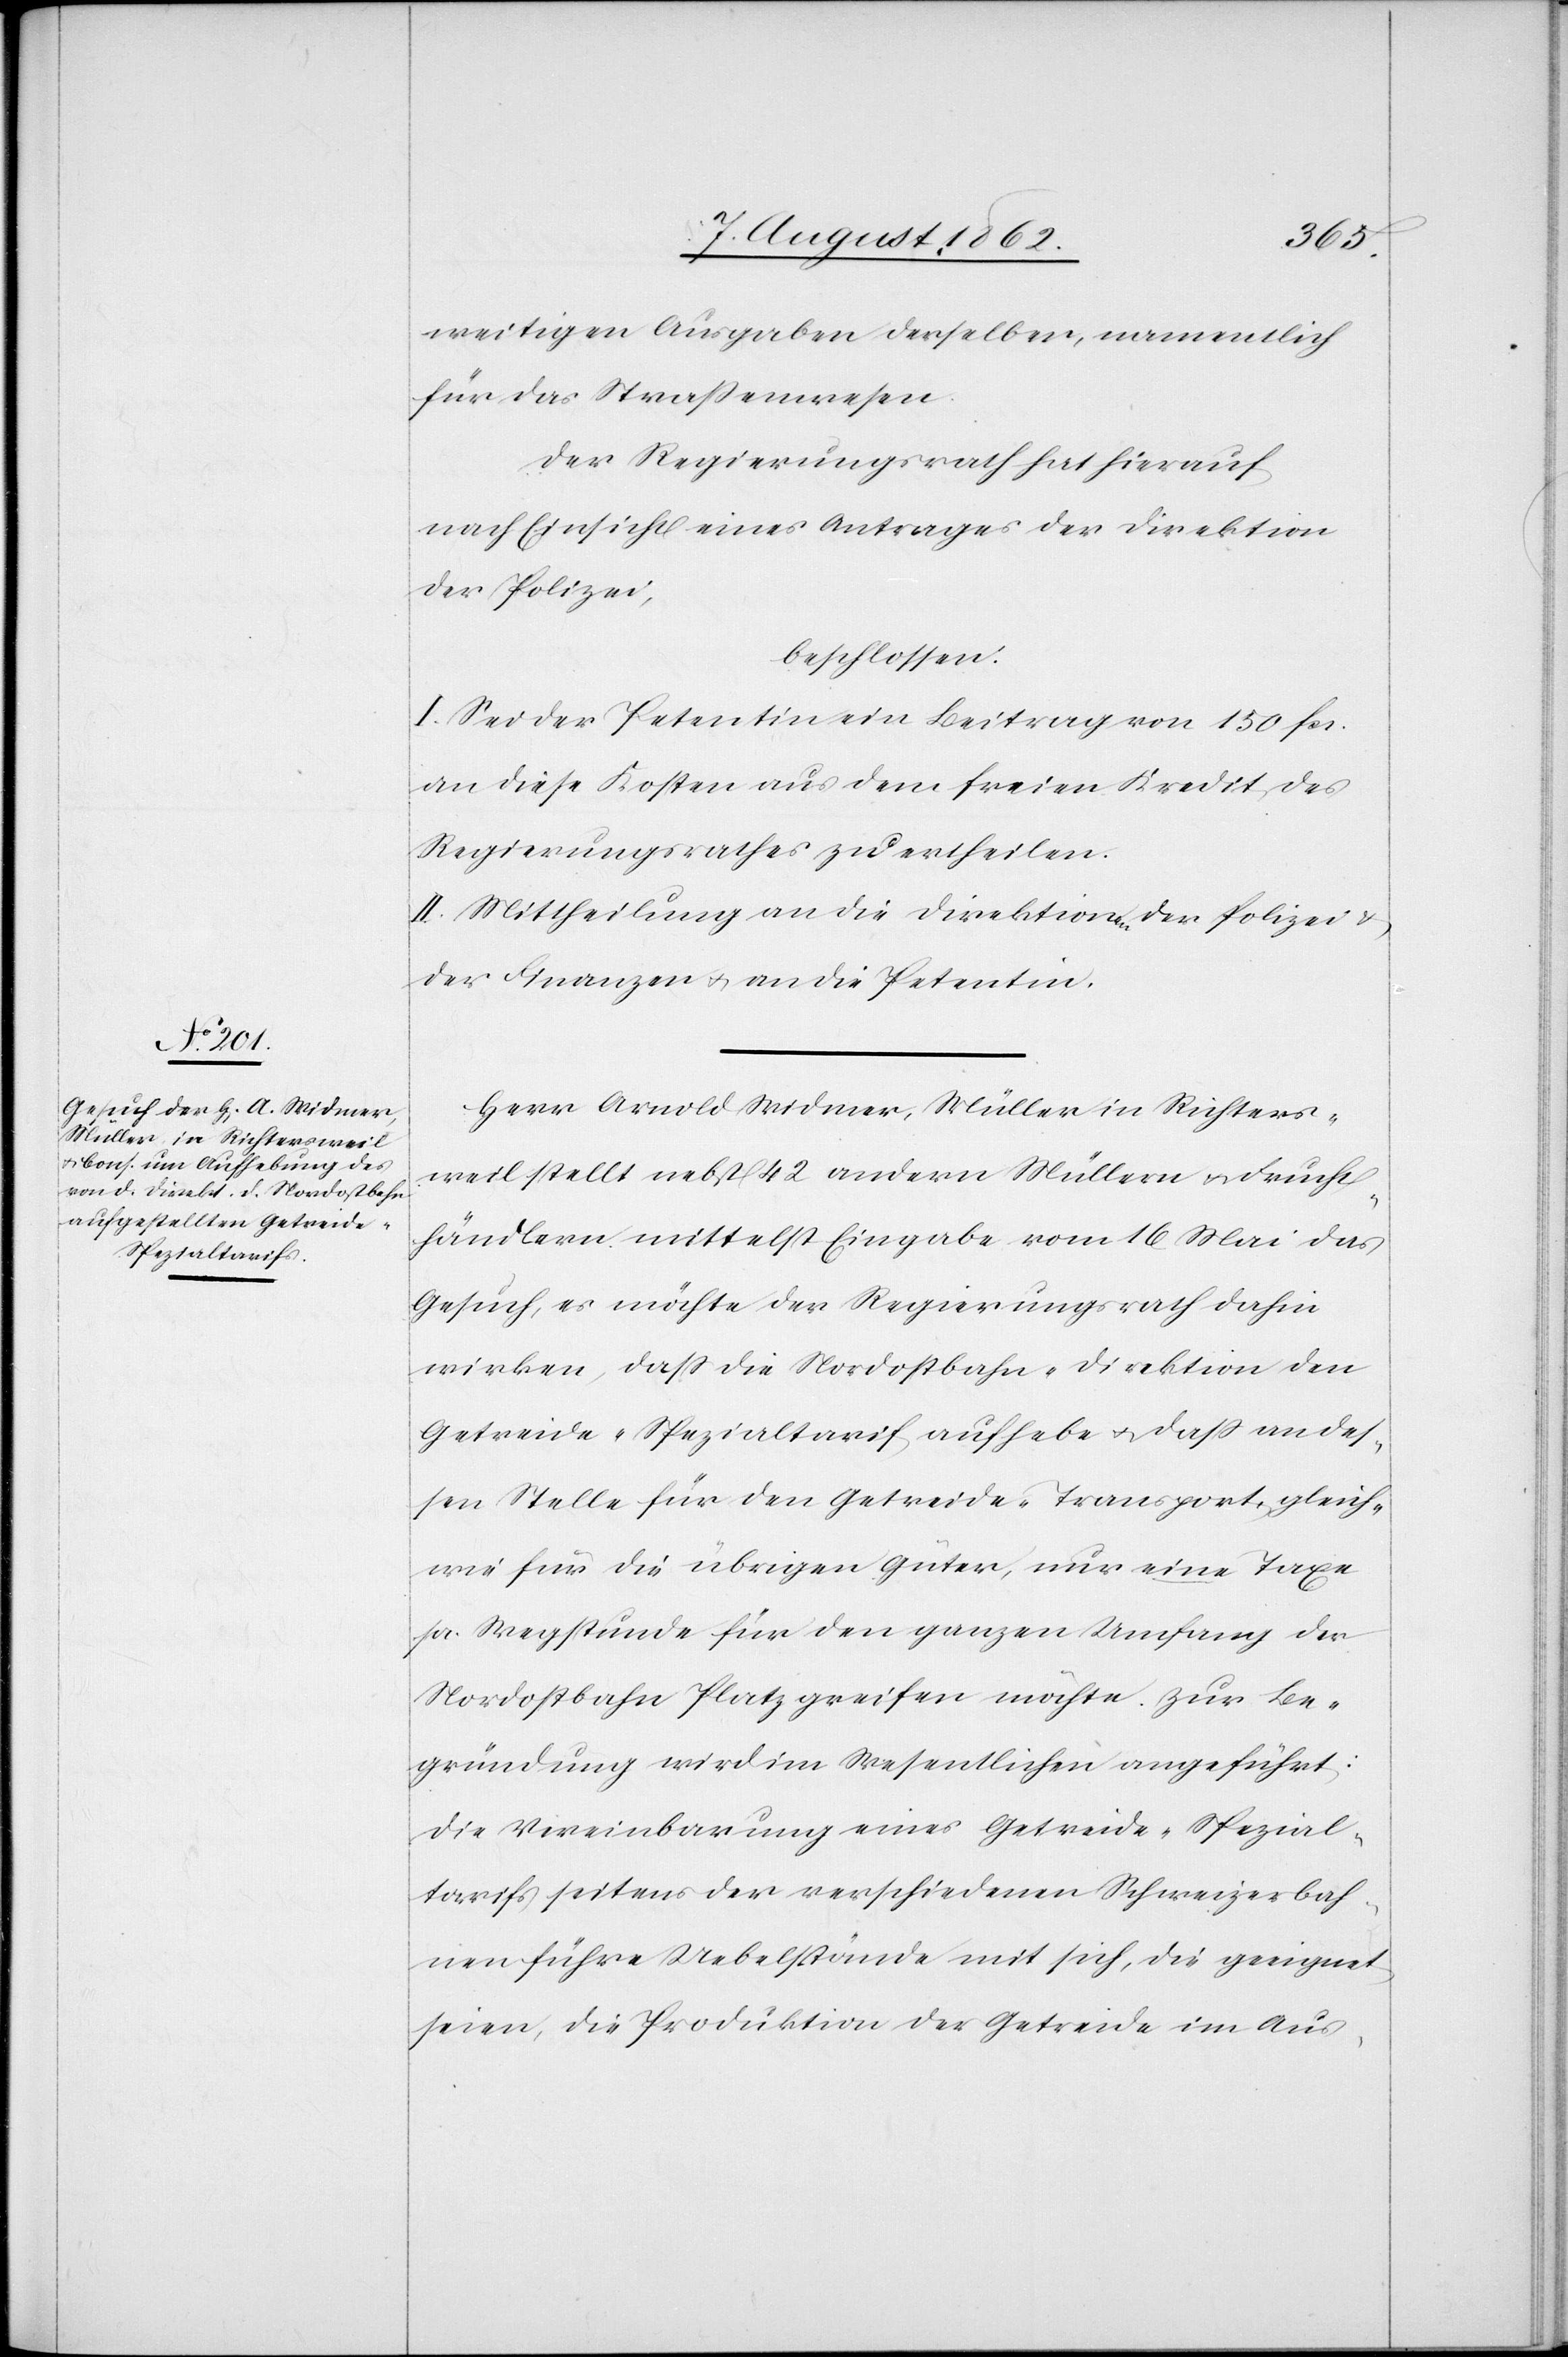
weitigen Ausgaben derselben, namentlich
für das Straßenwesen.
Der Regierungsrath hat hierauf,
nach Einsicht eines Antrages der Direktion
der Polizei,
beschlossen:
I. Sei der Petentin ein Beitrag von 150 fcs.
an diese Kosten aus dem freien Kredit des
Regierungsrathes zu ertheilen.
II. Mittheilung an die Direktionen der Polizei u.
der Finanzen u. an die Petentin.